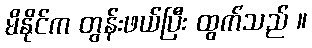
မိနိုင်က တွန်းဖယ်ပြီး ထွက်သည် ။